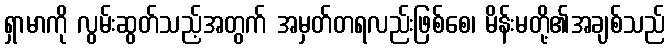
ရှာမာကို လွမ်းဆွတ်သည့်အတွက် အမှတ်တရလည်းဖြစ်စေ၊ မိန်းမတို့၏အချစ်သည်